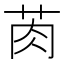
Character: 𱽠